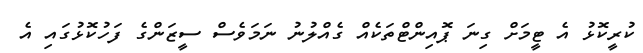
ކުރީކޮޅު އެ ޓީމަށް ގިނަ ޕޮއިންޓްތަކެއް ގެއްލުނު ނަމަވެސް ސީޒަންގެ ފަހުކޮޅުގައި އެ